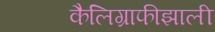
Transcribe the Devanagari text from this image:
कैलिग्राफीझाली